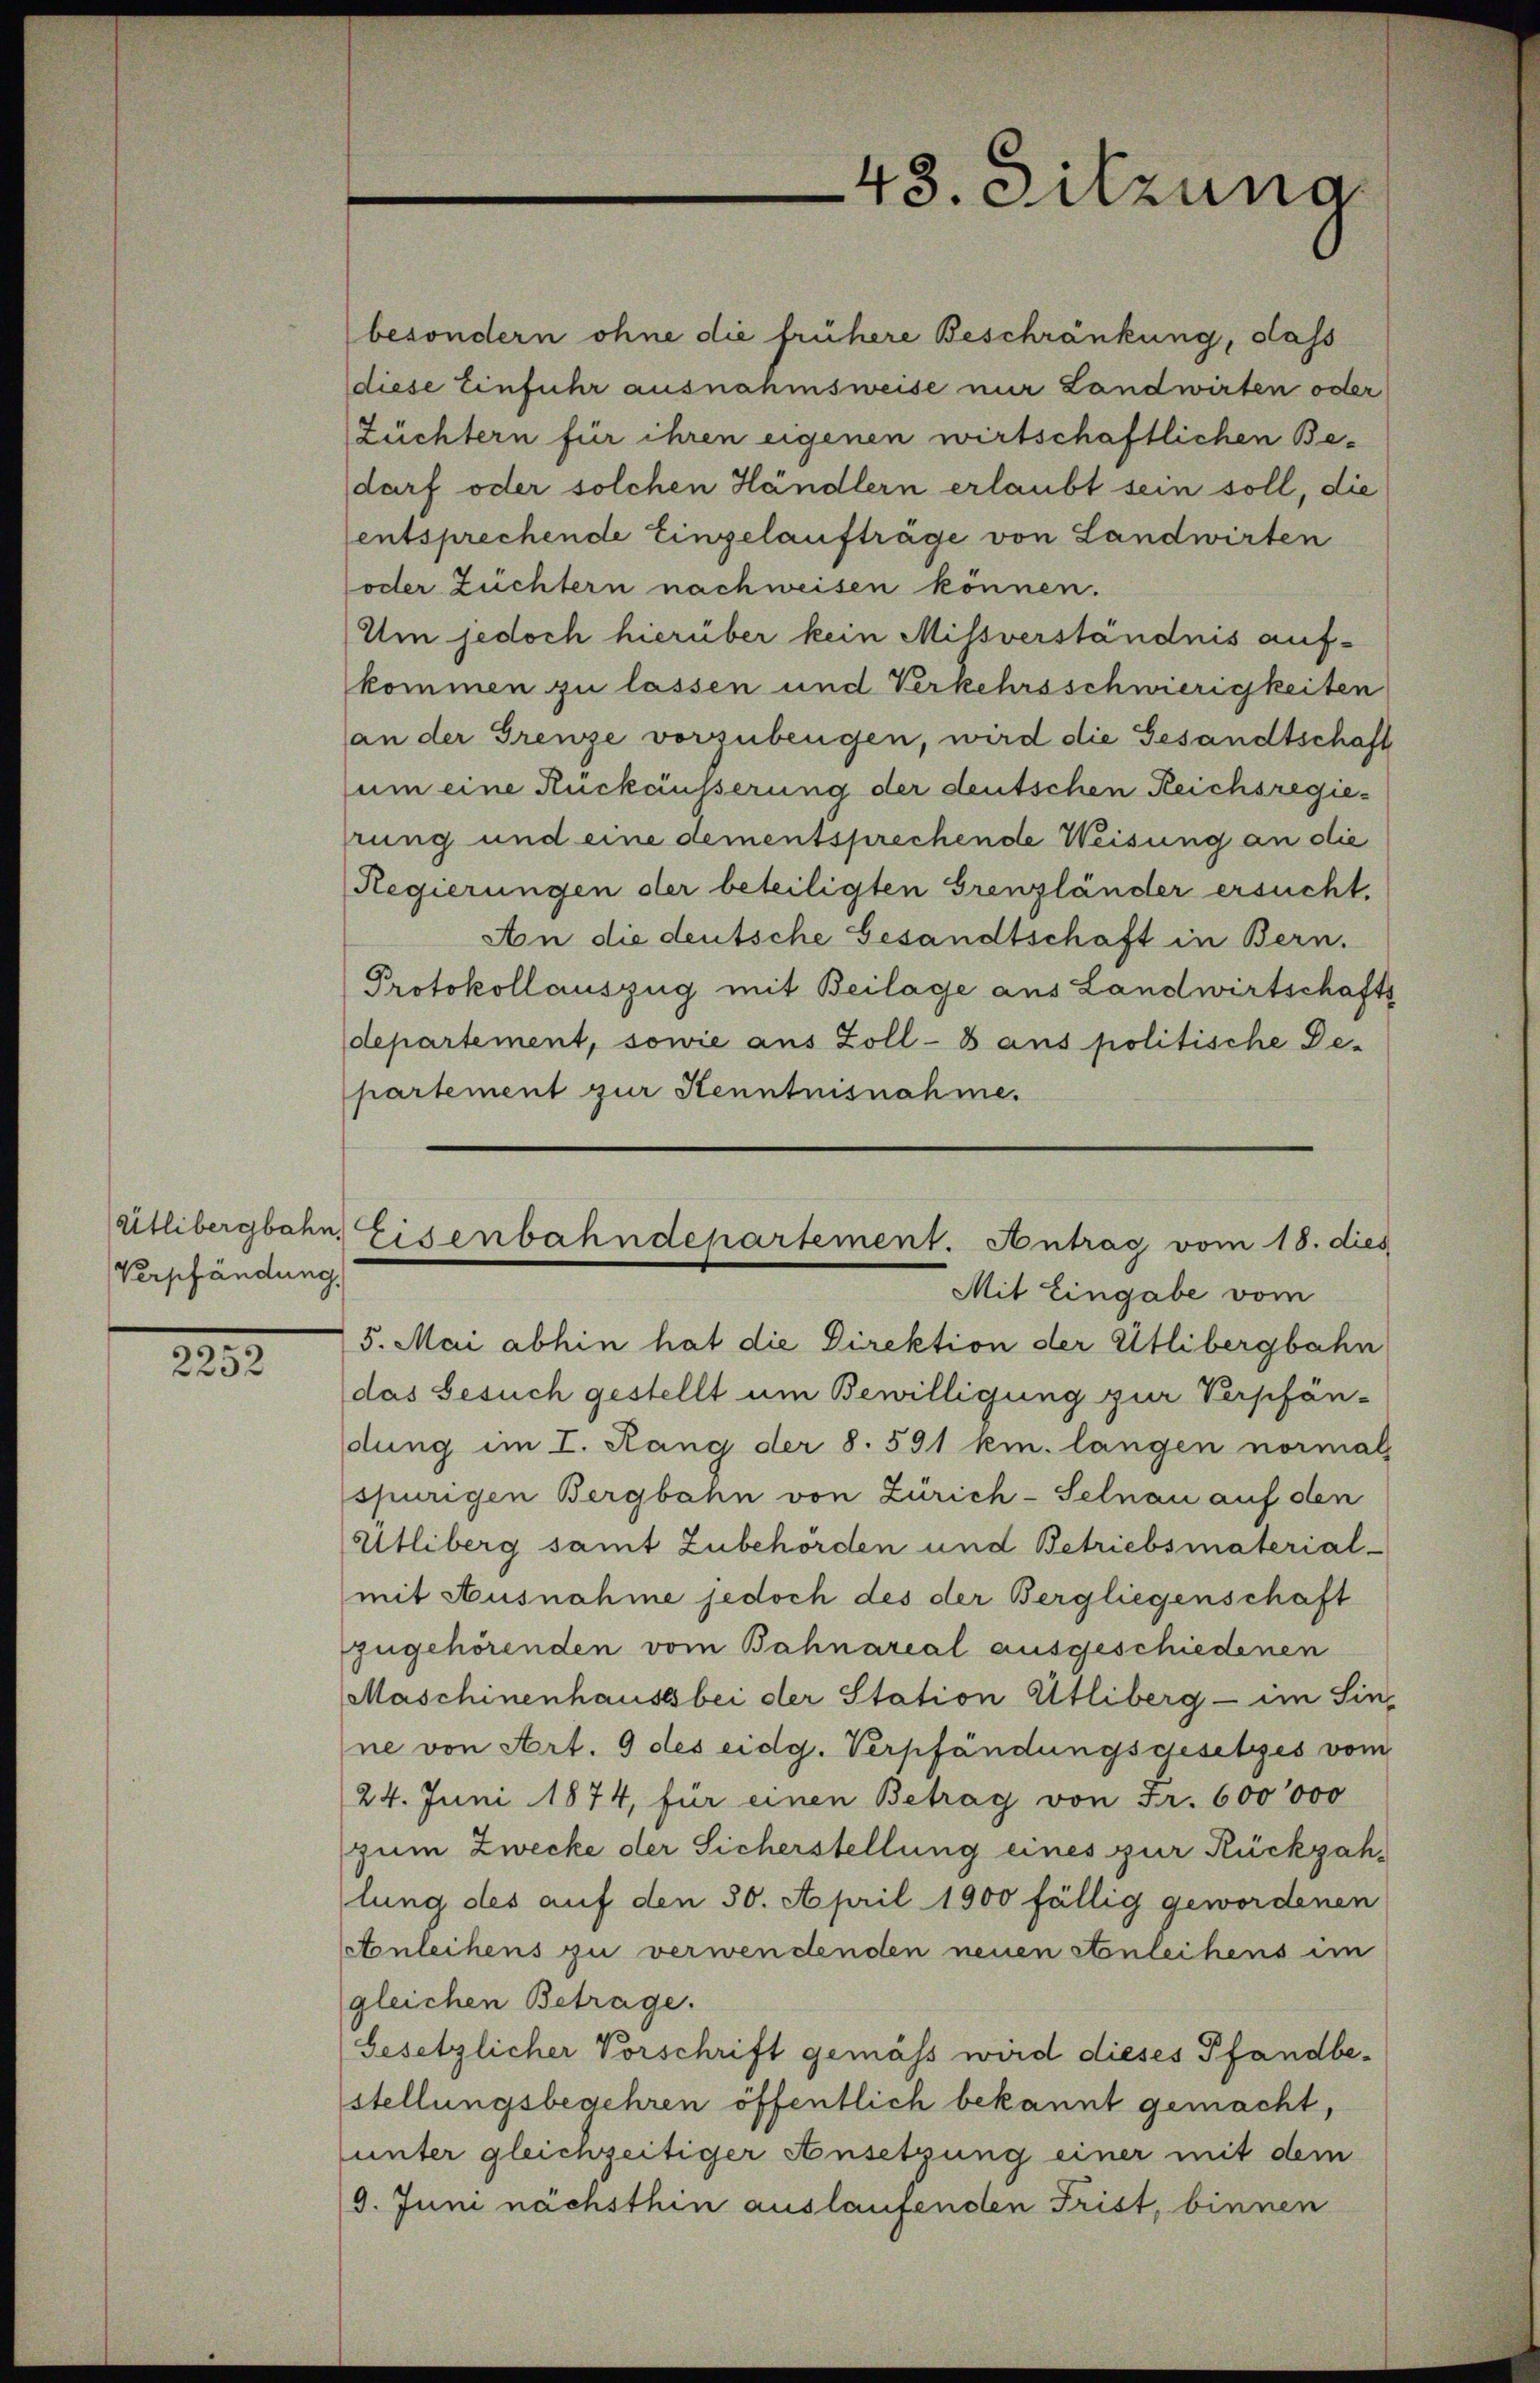
Utlibergbahn,
Verpfändung

.
2252

43. Sitzung

Eisenbahndepartement. Antrag vom 18. dies
Mit Eingabe vom

besondern ohne die frühere Beschränkung, dass
diese Einfuhr ausnahmsweise nur Landwirten oder
Züchtern für ihren eigenen wirtschaftlichen Bedarf oder solchen Händlern erlaubt sein soll, die
entsprechende Eingelauftrage von Landwirten
oder Züchtern nachweisen können.
Um jedoch hierüber kein Milsverständnis aufkommen zu lassen und Verkehrsschwierigkeiten
an der Grenze vorzubeugen, wird die Gesandtschaft
um eine Ruckäusserung der deutschen Reichsregieprung und eine dementsprechende Weisung an die
Regierungen der beteiligten Grenzländer ersucht.
An die deutsche Gesandtschaft in Bern.
Protokollauszug mit Beilage aus Landwirtschafts
departement, sowie aus Zoll-8 aus politische De-
partement zur Kenntnisnahme.
5. Mai abhin hat die Direktion der Utlibergbahn
das Gesuch gestellt um Bewilligung zur Verpfän-
dung im I. Rang der 8. 591 km. langen normals
spurigen Bergbahn von Zürich-Selnau auf den
Utliberg samt Zubehörden und Betriebsmaterial-
mit Ausnahme jedoch des der Bergliegenschaft
zugehörenden vom Bahnareal ausgeschiedenen
Maschinenhause bei der Station etliberg - im Sin-
ne von Art. 9 des eidg. Verpfändungsgesetzes vom
24. Juni 1874, für einen Betrag von Fr. 600000
zum Zwecke der Sicherstellung eines zur Rückzahlung des auf den 30. April 1900 fällig gewordenen
Aonleihens zu verwendenden neuen Stonleihens im
gleichen Betrage.
Gesetzlicher Vorschrift gemäss wird dieses Pfandbe-
stellungsbegehren öffentlich bekannt gemacht,
unter gleichzeitiger Ansetzung einer mit dem
9. Juni nächsthin auslaufenden Frist, binnen